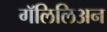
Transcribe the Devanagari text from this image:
गॅलिलिअन